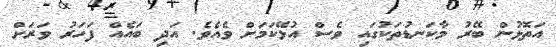
އަތޮޅުން ބޭރު މާކަނޑުތަކުގައި ވެސް އުޅޭކަމަށް ވެއެވެ. އަދި ބައެއް ފަހަރު ވަރަށް